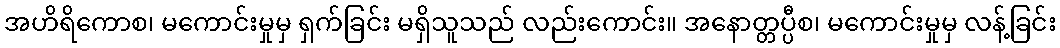
အဟိရိကောစ၊ မကောင်းမှုမှ ရှက်ခြင်း မရှိသူသည် လည်းကောင်း။ အနောတ္တပ္ပီစ၊ မကောင်းမှုမှ လန့်ခြင်း